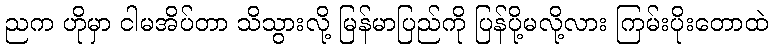
ညက ဟိုမှာ ငါမအိပ်တာ သိသွားလို့ မြန်မာပြည်ကို ပြန်ပို့မလို့လား ကြမ်းပိုးတောထဲ